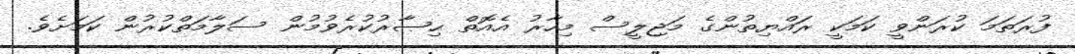
ފުރަތަމަ ކުރަންވީ ކަމަކީ ރައްޔިތުންގެ މަޖިލީސް މިހާރު އެއޮތް ޙިޞާރުކުރެވުމުން ސަލާމަތްކުރުން ކަމަށެވެ.